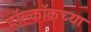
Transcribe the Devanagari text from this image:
हॉक्लॉकच्या